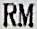
RM